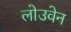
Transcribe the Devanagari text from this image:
लोउवेन